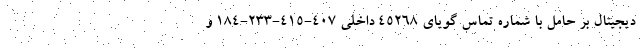
دیجیتال بر حامل با شماره تماس گویای 45268 داخلی 407-415-233-184 و